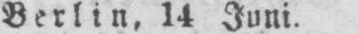
Berlin, 14 Juni.